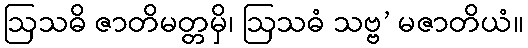
ဩသဓိ ဇာတိမတ္တမှိ၊ ဩသဓံ သဗ္ဗ’ မဇာတိယံ။